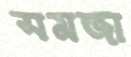
সমজা